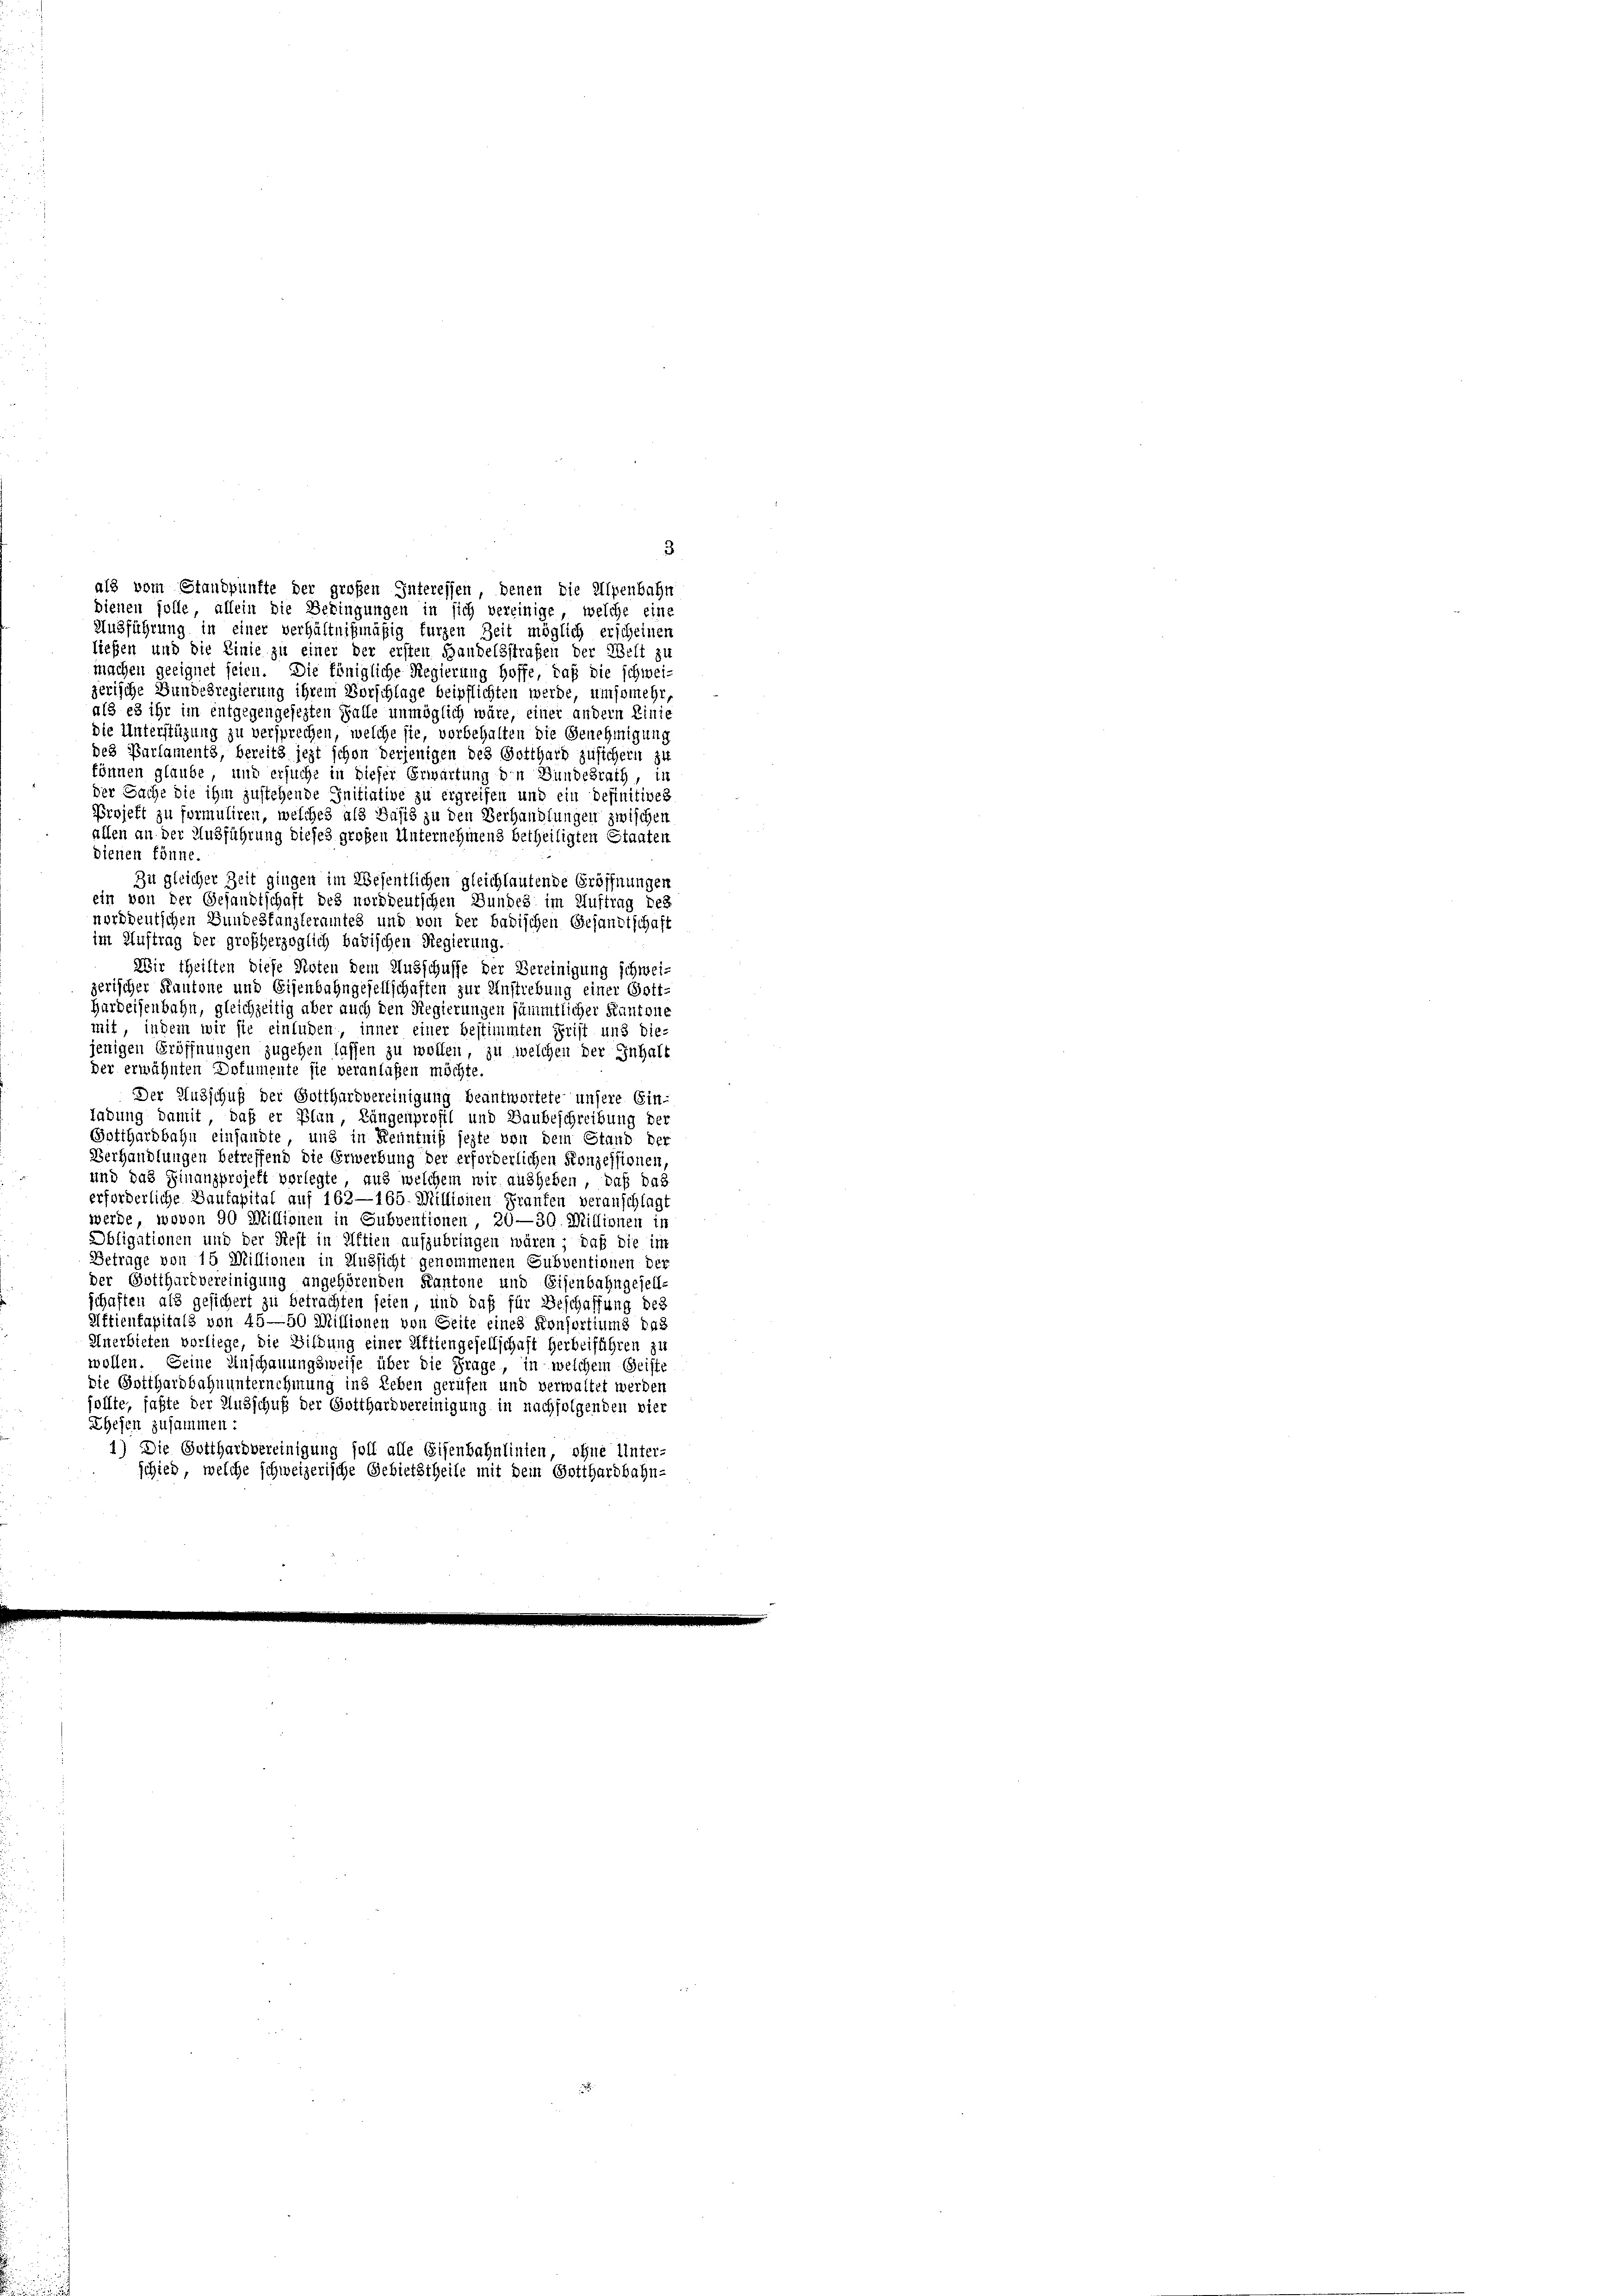
dienen solle, allein die Bedingungen in sich vereinige, welche eine
Ausführung in einer verhältnißmäßig furzen Zeit möglich erscheinen
liefen und die Linie zu einer der ersten Handelsstrafen der Welt zu
machen geeignet seien. Die königliche Regierung hoffe, daß die schwei-
zerische Bundesregierung ihrem Vorschlage beipflichten werde, umsomehr,
als es ihr im entgegengesezten Falle unmöglich wäre, einer andern Linie
die Unterstüzung zu versprechen, welche sie, vorbehalten die Genehmigung
des Parlaments, bereits jezt schon derjenigen des Gotthard zusichern zu
können glaube, und ersuche in dieser Erwartung den Bundesrath, in
der Sache die ihm zustehende Initiative zu ergreifen und ein definitiven
Projekt zu formuliren, welches als Basis zu den Verhandlungen zwischen
allen an der Ausführung dieses großen Unternehmens betheiligten Staaten
dienen könne.
Zu gleicher Zeit gingen im Wesentlichen gleichlautende Eröffnungen
ein von der Gesandtschaft des norddeutschen Bundes im Auftrag des
norddeutschen Bundestanzleramtes und von der badischen Gesandtschaft
im Auftrag der großherzoglich badischen Regierung.
Wir theilten diese Noten dem Ausschusse der Bereinigung schweizerischer Kantone und Eisenbahngesellschaften zur Anstrebung einer Gott-
Hardeisenbahn, gleichzeitig aber auch den Regierungen sämmtlicher Kantone
mit, indem wir sie einluden, inner einer bestimmten Frist und die-
jenigen Eröffnungen zugehen lassen zu wollen, zu welchen der Inhalt
der erwähnten Dofumente sie veranlaßen möchte.
Der Ausschuß der Gotthardvereinigung beantwortete unsere Ein-
labung damit, daß er Plan, Längenprofil und Baubeschreibung der
Gotthardbahn einsandte, und in Kenntniß jezte von dem Stand der
Verhandlungen betreffend die Erwerbung der erforderlichen Konzessionen,
und das Finanzprojekt verlegte, aus welchem wir ausheben, daß das
erforderliche Baukapital auf 162—165. Millionen Franten veranschlags
werde, wovon 90 Millionen in Subventionen, 20—30. Millionen in
Obligationen und der Rest in Aftien aufzubringen wären; daß die im
Betrage von 15 Millionen in Aussicht genommenen Subventionen der
der Gotthardvereinigung angehörenden Kantone und Eisenbahngesell-
schaften als gesichert zu betrachten seien, und daß für Beschaffung des
Aftienkapitals von 45—50 Missionen von Seite eines Konsortiums das
Unerbieten vorliege, die Bildung einer Affiengesellschaft herbeiführen zu
wollen. Seine Anschauungsweise über die Frage, in welchem Geiste
Die Gotthardbahnunternehmung ins Leben gerufen und verwaltet werden
sollte, faßte der Ausschuß der Gotthardvereinigung in nachfolgenden vier
Ehehen zusammen:
1) Die Gotthardvereinigung soll alle Eisenbahnlinien, ohne Unter-
schied, welche schweizerische Gebietstheile mit dem Gotthardbahn-

3
als vom Standpünfte der großen Interessen, denen die Alpenbahn